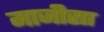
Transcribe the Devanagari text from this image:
माजीसा